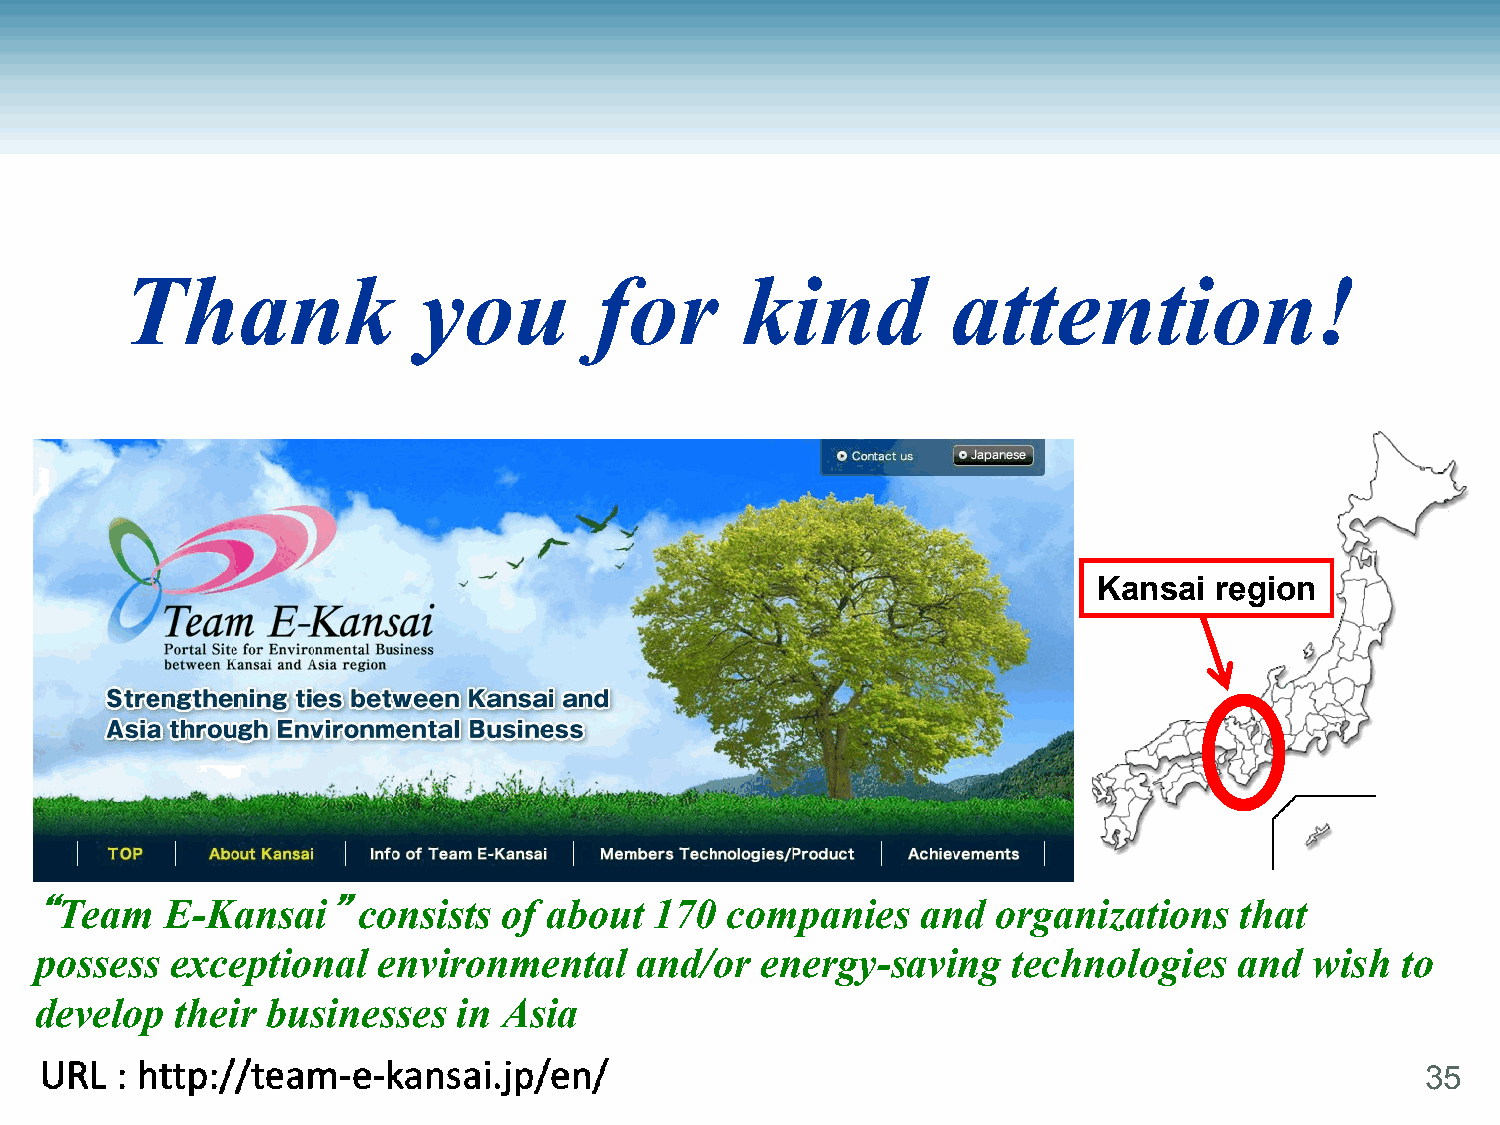
Thank               you        for       kind          attention!
 Kansai region
 “Team    E-Kansai”consists     of about  170  companies    and  organizations   that
 possess  exceptional   environmental    and/or  energy-saving    technologies   and  wish  to
 develop   their businesses  in Asia
 35